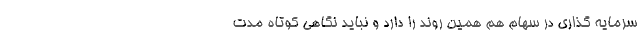
سرمایه گذاری در سهام هم همین روند را دارد و نباید نگاهی کوتاه مدت